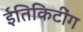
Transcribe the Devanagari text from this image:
ईतिकिटींग